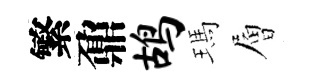
繁鼐鸪瑪層